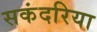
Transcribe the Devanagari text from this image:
सकंदरिया